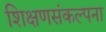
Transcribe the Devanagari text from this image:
शिक्षणसंकल्पना